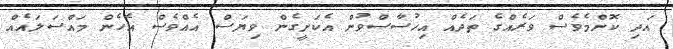
އަދި ކޮންމެވެސް ވަރެއްގެ ތަދެއް އިހުސާސްވުން އެކަށީގެން ވިޔަސް އެއްވެސް އެހެން މައްސަލައެއް